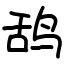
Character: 鸹